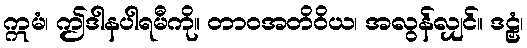
ဣမံ၊ ဤဒါနပါရမီကို။ တာဝအတိဝိယ၊ အလွန်လျှင်။ ဒဠှံ၊